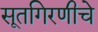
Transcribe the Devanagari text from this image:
सूतगिरणीचे